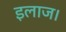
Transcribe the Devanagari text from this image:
इलाज।